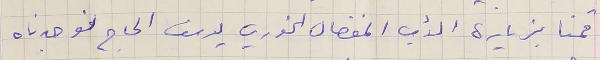
قمنا بزيارة الأب المفضال الخوري يوسف الحاج فوجدناه